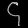
Digit: ၄